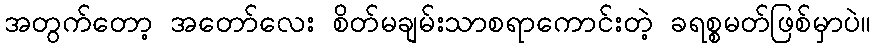
အတွက်တော့ အတော်လေး စိတ်မချမ်းသာစရာကောင်းတဲ့ ခရစ္စမတ်ဖြစ်မှာပဲ။